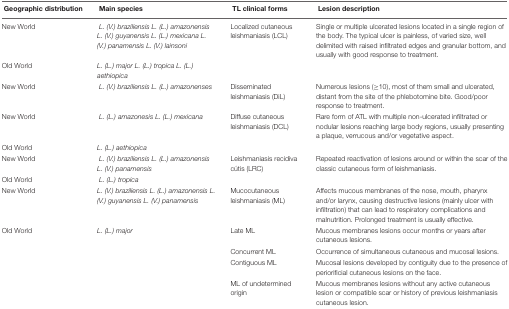
<table><thead><tr><td><b> Geographic distribution</b></td><td><b> Main species</b></td><td><b> TL clinical forms</b></td><td><b> Lesion description</b></td></tr></thead><tbody><tr><td>New World</td><td><i>L. (V.) braziliensis L. (L.) amazonensis L. (V.) guyanensis L. (L.) mexicana L. (V.) panamensis L. (V.) lainsoni</i></td><td>Localized cutaneous leishmaniasis (LCL)</td><td>Single or multiple ulcerated lesions located in a single region of the body. The typical ulcer is painless, of varied size, well delimited with raised infiltrated edges and granular bottom, and usually with good response to treatment.</td></tr><tr><td>Old World</td><td><i>L. (L.) major L. (L.) tropica L. (L.) aethiopica</i></td><td></td><td></td></tr><tr><td>New World</td><td><i>L. (V.) braziliensis L. (L.) amazonenses</i></td><td>Disseminated leishmaniasis (DiL)</td><td>Numerous lesions (≥10), most of them small and ulcerated, distant from the site of the phlebotomine bite. Good/poor response to treatment.</td></tr><tr><td>New World</td><td><i>L. (L.) amazonesis L. (L.) mexicana</i></td><td>Diffuse cutaneous leishmaniasis (DCL)</td><td>Rare form of ATL with multiple non-ulcerated infiltrated or nodular lesions reaching large body regions, usually presenting a plaque, verrucous and/or vegetative aspect.</td></tr><tr><td>Old World</td><td><i>L. (L.) aethiopica</i></td><td></td><td></td></tr><tr><td>New World</td><td><i>L. (V.) braziliensis L. (L.) amazonensis L. (V.) panamensis</i></td><td>Leishmaniasis recidiva cútis (LRC)</td><td>Repeated reactivation of lesions around or within the scar of the classic cutaneous form of leishmaniasis.</td></tr><tr><td>Old World</td><td><i>L. (L.) tropica</i></td><td></td><td></td></tr><tr><td>New World</td><td><i>L. (V.) braziliensis L. (L.) amazonensis L. (V.) guyanensis L. (V.) panamensis</i></td><td>Mucocutaneous leishmaniasis (ML)</td><td>Affects mucous membranes of the nose, mouth, pharynx and/or larynx, causing destructive lesions (mainly ulcer with infiltration) that can lead to respiratory complications and malnutrition. Prolonged treatment is usually effective.</td></tr><tr><td>Old World</td><td><i>L. (L.) major</i></td><td>Late ML</td><td>Mucous membranes lesions occur months or years after cutaneous lesions.</td></tr><tr><td></td><td></td><td>Concurrent ML</td><td>Occurrence of simultaneous cutaneous and mucosal lesions.</td></tr><tr><td></td><td></td><td>Contiguous ML</td><td>Mucosal lesions developed by contiguity due to the presence of periorificial cutaneous lesions on the face.</td></tr><tr><td></td><td></td><td>ML of undetermined origin</td><td>Mucous membranes lesions without any active cutaneous lesion or compatible scar or history of previous leishmaniasis cutaneous lesion.</td></tr></tbody></table>